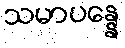
သမာပန္နေ